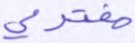
مفترى